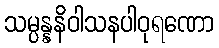
သမ္ပန္နနိဝါသနပါဝုရဏော